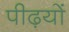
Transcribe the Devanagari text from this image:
पीढ़यों